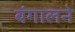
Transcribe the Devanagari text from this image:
बंगालने